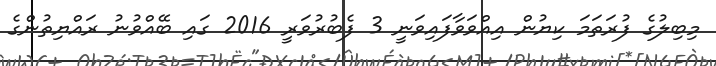
މިބިލުގެ ފުރަތަމަ ކިޔުން އިއްވަވާފައިވަނީ 3 ފެބުރުވަރީ 2016 ގައި ބޭއްވުނު ރައްޔިތުންގެ